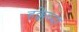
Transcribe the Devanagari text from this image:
हक्केच्या